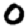
Digit: 0